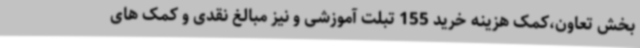
بخش تعاون،کمک هزینه خرید 155 تبلت آموزشی و نیز مبالغ نقدی و کمک های